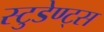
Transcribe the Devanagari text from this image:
स्टुडेण्ट्स